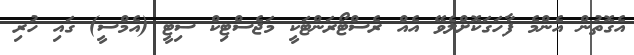
އެގޮތުން އެންމެ ފާހަގަކޮށްލެވޭ އެއް ރެސްޓޯރަންޓަކީ މަޖެސްޓިކް ސިޓީ (އެމްސީ) ގައި ހުރި